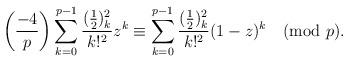
LaTeX: \begin{align*}\biggl(\frac{-4}p\biggr)\sum_{k=0}^{p-1}\frac{(\frac12)_k^2}{k!^2}z^k\equiv\sum_{k=0}^{p-1}\frac{(\frac12)_k^2}{k!^2}(1-z)^k\pmod p.\end{align*}